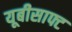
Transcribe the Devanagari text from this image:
यूबीसाफ्ट